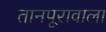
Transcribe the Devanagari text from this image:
तानपूरावाला